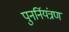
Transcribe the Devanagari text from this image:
पुनर्नियंत्रण